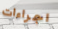
اجراءات